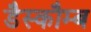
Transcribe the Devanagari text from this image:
डैस्कौम्ब